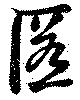
匿